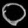
Digit: ၀